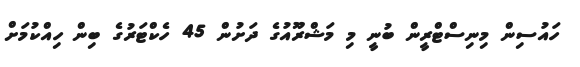
ހައުސިން މިނިސްޓްރީން ބުނީ މި މަޝްރޫއުގެ ދަށުން 45 ހެކްޓަރުގެ ބިން ހިއްކުމަށް